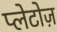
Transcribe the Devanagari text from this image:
प्लेटोज़